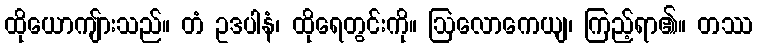
ထိုယောကျ်ားသည်။ တံ ဥဒပါနံ၊ ထိုရေတွင်းကို။ ဩလောကေယျ၊ ကြည့်ရာ၏။ တဿ